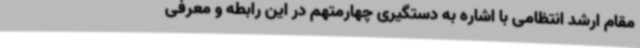
مقام ارشد انتظامی با اشاره به دستگیری چهارمتهم در این رابطه و معرفی